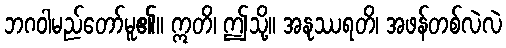
ဘဂဝါမည်တော်မူ၏။ ဣတိ၊ ဤသို့။ အနုဿရတိ၊ အဖန်တစ်လဲလဲ